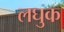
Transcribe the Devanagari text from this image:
लघुक